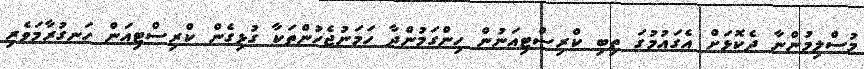
މުސްލިމުންނާ ދެކޮޅަށް އެގައުމުގަ ތިބި ކްރިސްޓިއަނުން ހިންގަމުންދާ ހަމަނުޖެހުންތަކާ ގުޅިގެން ކްރިސްޓިއަން ހަނގުރާމަވެރި